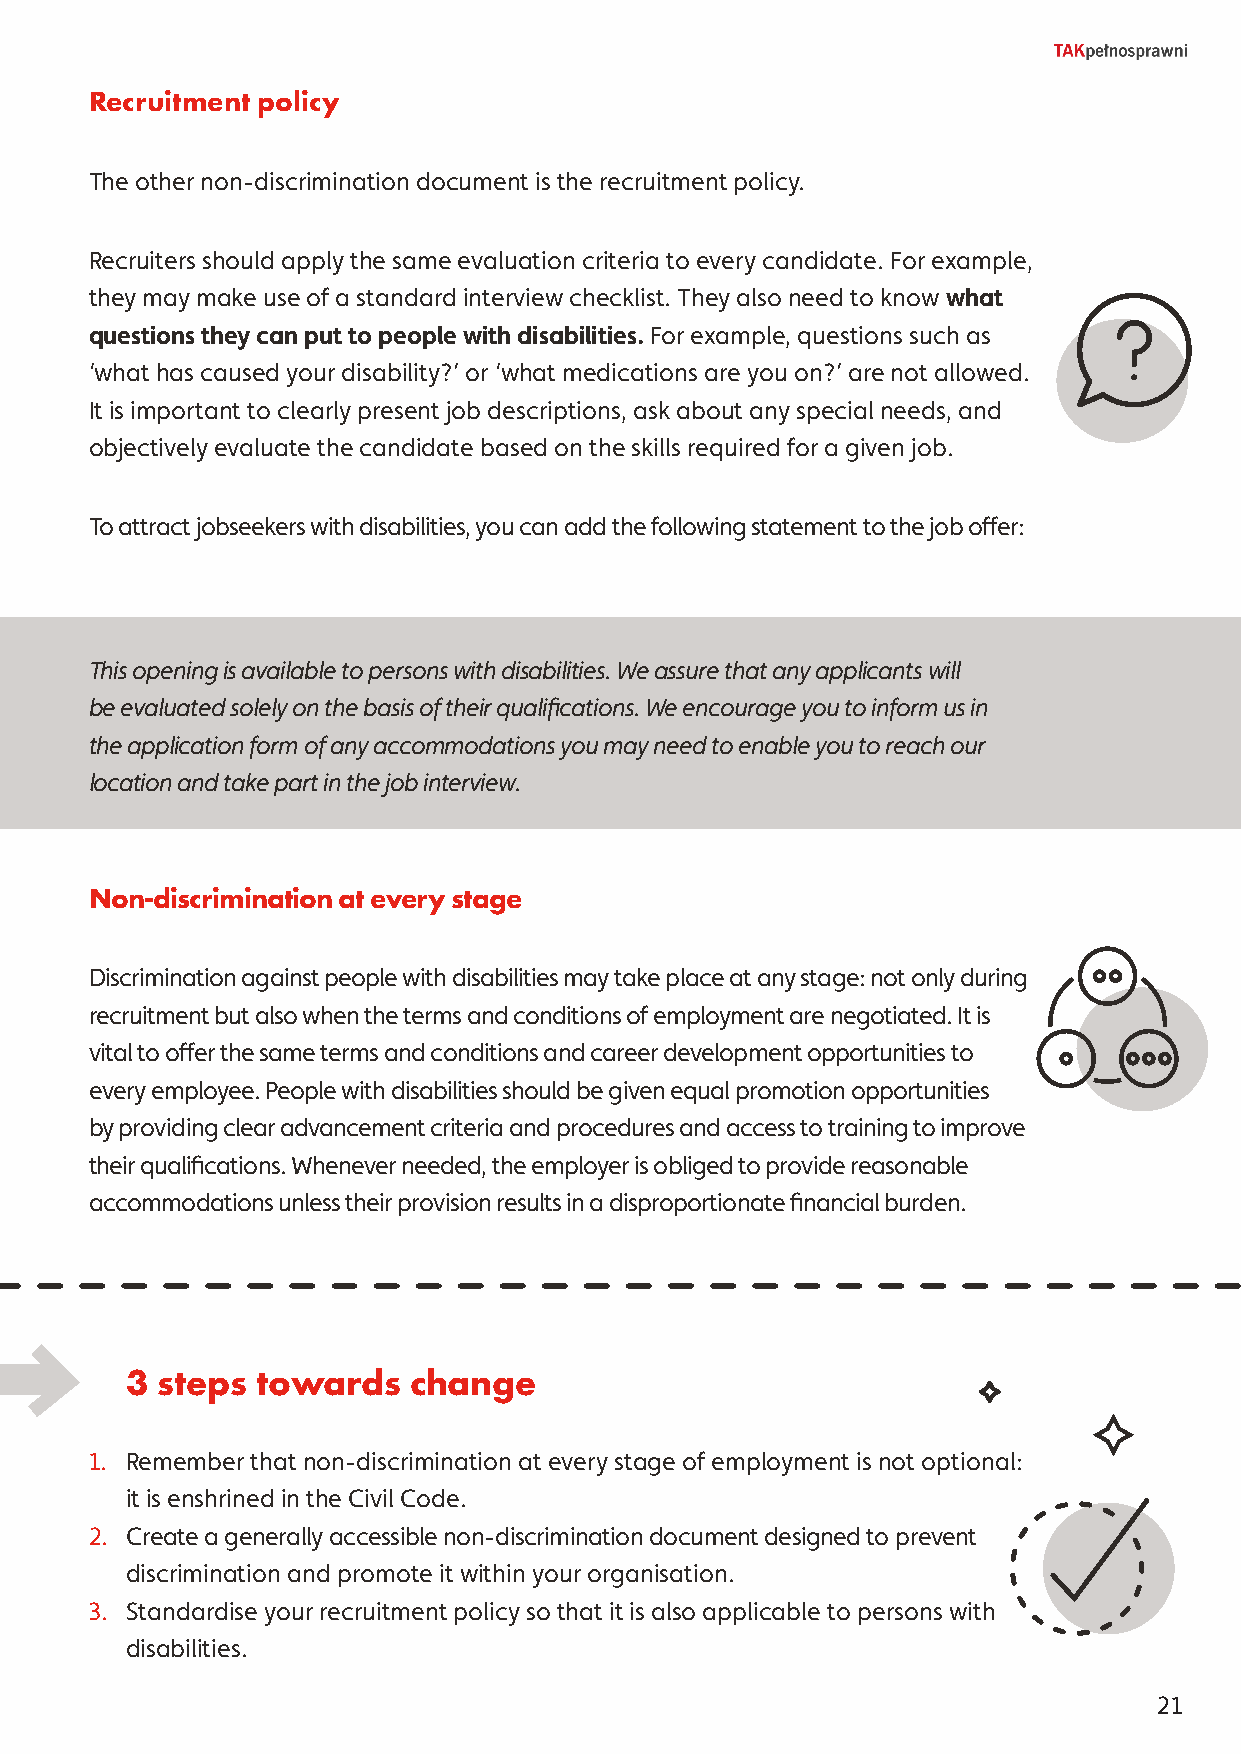
Recruitment policy
 The other non-discrimination document is the recruitment policy.
 Recruiters should apply the same evaluation criteria to every candidate. For example,
 they may make use of a standard interview checklist. They also need to know what
 questions they can put to people with disabilities. For example, questions such as
 ‘what has caused your disability?’ or ‘what medications are you on?’ are not allowed.
 It is important to clearly present job descriptions, ask about any special needs, and
 objectively evaluate the candidate based on the skills required for a given job.
 To attract jobseekers with disabilities, you can add the following statement to the job offer:
 This opening is available to persons with disabilities. We assure that any applicants will
 be evaluated solely on the basis of their qualifications. We encourage you to inform us in
 the application form of any accommodations you may need to enable you to reach our
 location and take part in the job interview.
 Non-discrimination at every stage
 Discrimination against people with disabilities may take place at any stage: not only during
 recruitment but also when the terms and conditions of employment are negotiated. It is
 vital to offer the same terms and conditions and career development opportunities to
 every employee. People with disabilities should be given equal promotion opportunities
 by providing clear advancement criteria and procedures and access to training to improve
 their qualifications. Whenever needed, the employer is obliged to provide reasonable
 accommodations unless their provision results in a disproportionate financial burden.
 3 steps  towards   change
 1. Remember that non-discrimination at every stage of employment is not optional:
 it is enshrined in the Civil Code.
 2. Create a generally accessible non-discrimination document designed to prevent
 discrimination and promote it within your organisation.
 3. Standardise your recruitment policy so that it is also applicable to persons with
 disabilities.
 21